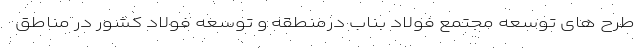
طرح های توسعه مجتمع فولاد بناب درمنطقه و توسعه فولاد کشور در مناطق